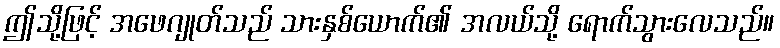
ဤသို့ဖြင့် အဖေဂျုတ်သည် သားနှစ်ယောက်၏ အလယ်သို့ ရောက်သွားလေသည်။